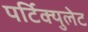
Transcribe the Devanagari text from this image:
पर्टिक्युलेट